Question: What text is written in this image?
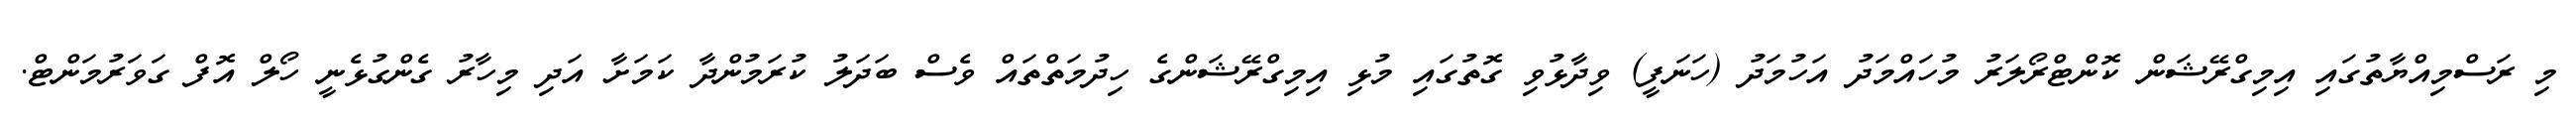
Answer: މި ރަސްމިއްޔާތުގައި އިމިގްރޭޝަން ކޮންޓްރޯލަރު މުހައްމަދު އަހުމަދު (ހަނަފީ) ވިދާޅުވި ގޮތުގައި މުޅި އިމިގްރޭޝަންގެ ހިދުމަތްތައް ވެސް ބަދަލު ކުރަމުންދާ ކަމަށާ އަދި މިހާރު ގެންގުޅެނީ ހޯލް އޮފް ގަވަރުމަންޓް.